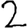
Digit: 2